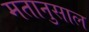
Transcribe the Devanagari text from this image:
मतानुसाल